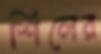
শিলের